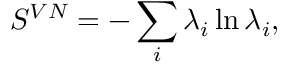
\centering S ^ { V N } = - \sum _ { i } \lambda _ { i } \ln \lambda _ { i } ,